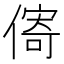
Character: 𪝣